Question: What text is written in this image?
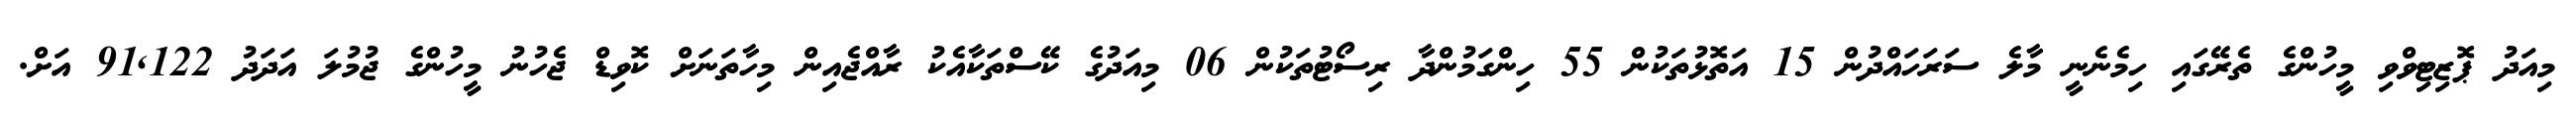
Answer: މިއަދު ޕޮޒިޓިވްވި މީހުންގެ ތެރޭގައި ހިމެނެނީ މާލެ ސަރަހައްދުން 15 އަތޮޅުތަކުން 55 ހިންގަމުންދާ ރިސޯޓުތަކުން 06 މިއަދުގެ ކޭސްތަކާއެކު ރާއްޖެއިން މިހާތަނަށް ކޮވިޑް ޖެހުނު މީހުންގެ ޖުމުލަ އަދަދު 91,122 އަށް.